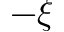
- \xi